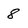
Character: 8